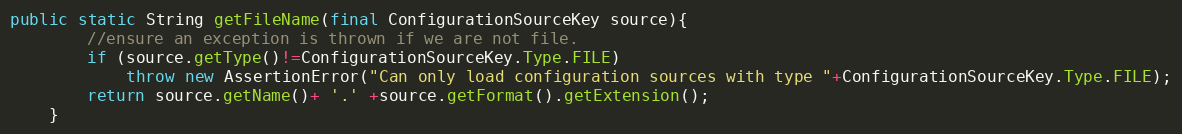
Language: Java
public static String getFileName(final ConfigurationSourceKey source){
		//ensure an exception is thrown if we are not file.
		if (source.getType()!=ConfigurationSourceKey.Type.FILE)
			throw new AssertionError("Can only load configuration sources with type "+ConfigurationSourceKey.Type.FILE);
		return source.getName()+ '.' +source.getFormat().getExtension();
	}